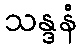
သန္ဒနံ